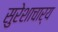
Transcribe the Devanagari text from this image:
सुरेशाचार्य